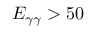
E _ { \gamma \gamma } > 5 0